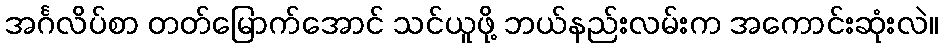
အင်္ဂလိပ်စာ တတ်မြောက်အောင် သင်ယူဖို့ ဘယ်နည်းလမ်းက အကောင်းဆုံးလဲ။